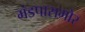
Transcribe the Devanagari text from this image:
मंडपासमोर